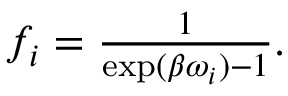
\begin{array} { r } { f _ { i } = \frac { 1 } { \exp ( \beta \omega _ { i } ) - 1 } . } \end{array}